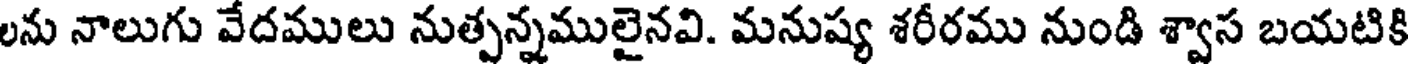
లను నాలుగు వేదములు నుత్పన్నములైనవి. మనుష్య శరీరము నుండి శ్వాస బయటికి